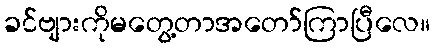
ခင်ဗျားကိုမတွေ့တာအတော်ကြာပြီလေ။